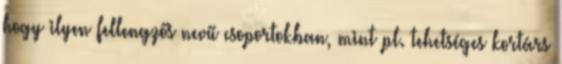
hogy ilyen fellengzős nevű csoportokban, mint pl. tehetséges kortárs